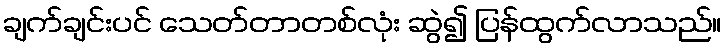
ချက်ချင်းပင် သေတ်တာတစ်လုံး ဆွဲ၍ ပြန်ထွက်လာသည်။